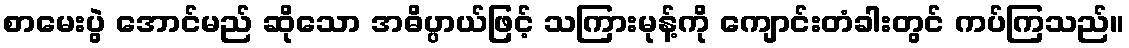
စာမေးပွဲ အောင်မည် ဆိုသော အဓိပ္ပာယ်ဖြင့် သကြားမုန့်ကို ကျောင်းတံခါးတွင် ကပ်ကြသည်။